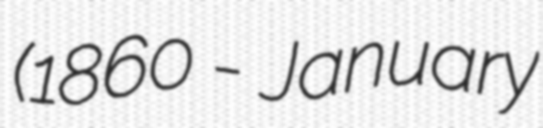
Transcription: (1860 - January